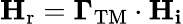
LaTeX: \mathbf{H}_{\mathrm{r}}=\mathbf{\Gamma}_{\mathrm{TM}}\cdot\mathbf{H_{i}}